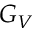
G _ { V }